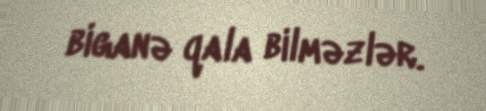
biganə qala bilməzlər.